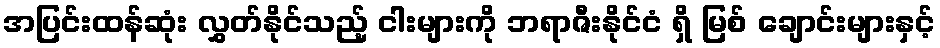
အပြင်းထန်ဆုံး လွှတ်နိုင်သည့် ငါးများကို ဘရာဇီးနိုင်ငံ ရှိ မြစ် ချောင်းများနှင့်